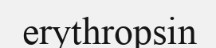
erythropsin